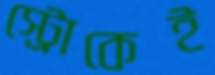
স্ট্রোকেই